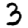
Digit: 3